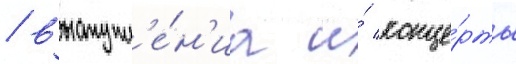
/ выступл'е́н'иа и́ конце́рты